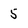
Character: 5